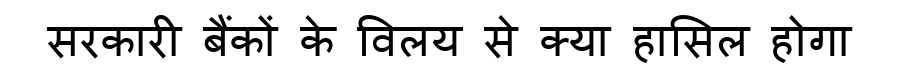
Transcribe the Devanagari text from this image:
सरकारी बैंकों के विलय से क्या हासिल होगा